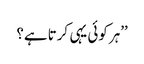
’’ہر کوئی یہی کرتا ہے؟